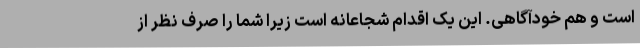
است و هم خودآگاهی. این یک اقدام شجاعانه است زیرا شما را صرف نظر از